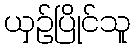
ယှဉ်ပြိုင်သူ